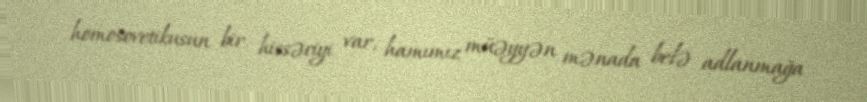
homosovetikusun bir hissəciyi var, hamımız müəyyən mənada belə adlanmağa